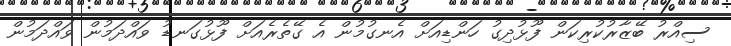
ސިއްރު ބޭޒާރުކުރިކަން ފޫޅުދިގު ހަންޑިއަށް އެނގުމުން އެ ގޭތެރެއަށް ފޫޅުގަނޑު ވައްދަމުން ވައްދަމުން